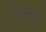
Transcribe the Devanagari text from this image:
पैशांमध्ये